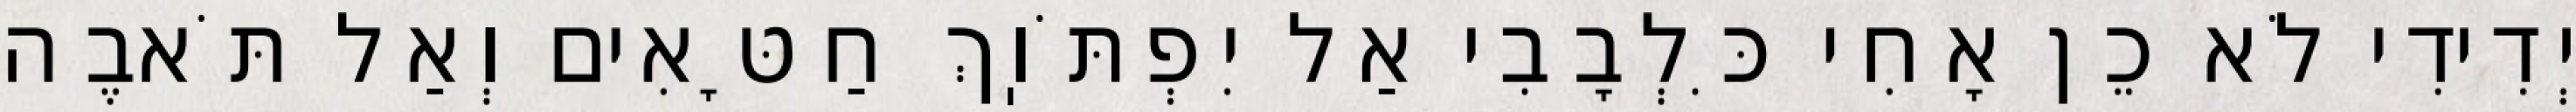
יְדִידִי לֹא כֵן אָחִי כִּלְבָבִי אַל יִפְתֹּוֽךְ חַטָּאִים וְאַל תֹּאבֶה